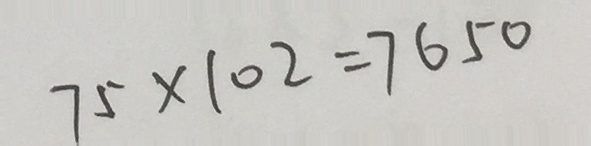
7 5 \times 1 0 2 = 7 6 5 0